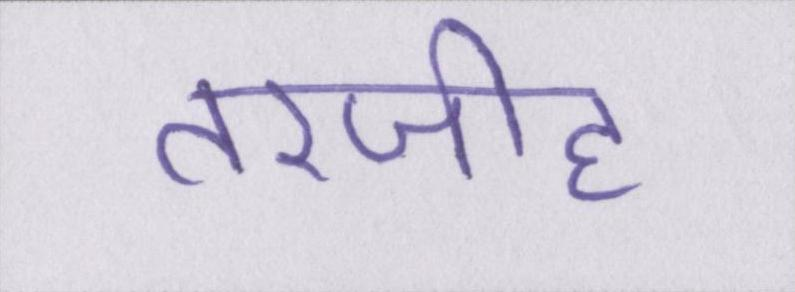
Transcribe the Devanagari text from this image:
तरजीह